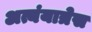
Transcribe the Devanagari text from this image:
अत्यंयात्रेस